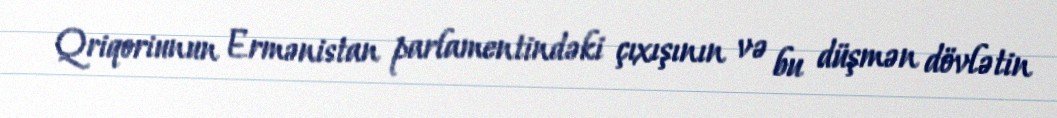
Qriqoriunun Ermənistan parlamentindəki çıxışının və bu düşmən dövlətin